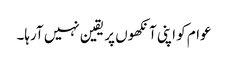
عوام کو اپنی آنکھوں پر یقین نہیں آرہا۔